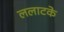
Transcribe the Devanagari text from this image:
ललाटके